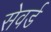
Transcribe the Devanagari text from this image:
सेवर्ड